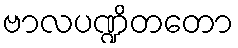
ဗာလပဏ္ဍိတတော